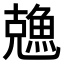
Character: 𠓈